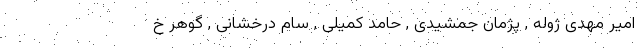
امیر مهدی ژوله , پژمان جمشیدی , حامد کمیلی , سام درخشانی , گوهر خ